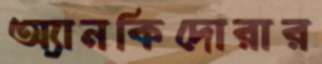
অ্যানকিদোরার